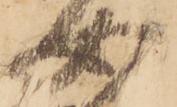
女